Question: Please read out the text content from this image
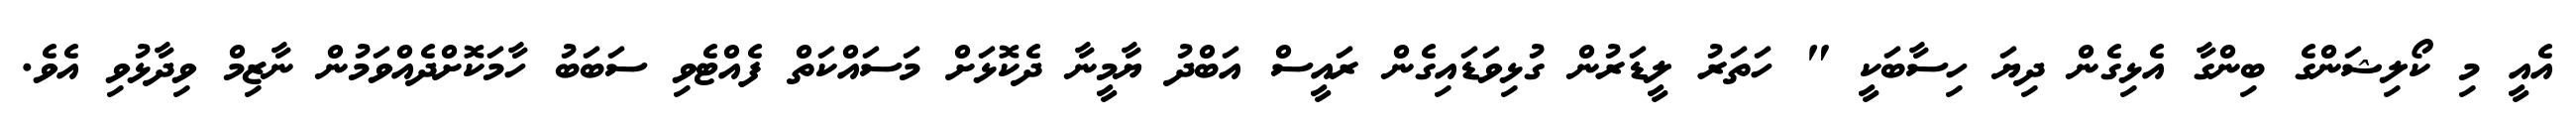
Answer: އެއީ މި ކޯލިޝަންގެ ބިންގާ އެޅިގެން ދިޔަ ހިސާބަކީ " ހަތަރު ލީޑަރުން ގުޅިވަޑައިގެން ރައީސް އަބްދު ޔާމީނާ ދެކޮޅަށް މަސައްކަތް ފެއްޓެވި ސަބަބު ހާމަކޮށްދެއްވަމުން ނާޒިމް ވިދާޅުވި އެވެ.